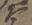
大